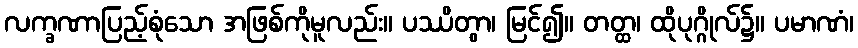
လက္ခဏာပြည့်စုံသော အဖြစ်ကိုမူလည်း။ ပဿိတွာ၊ မြင်၍။ တတ္ထ၊ ထိုပုဂ္ဂိုလ်၌။ ပမာဏံ၊